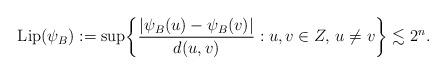
LaTeX: \begin{align*} \mathrm{Lip} (\psi_B):= \sup \biggl\{\frac { |\psi_B(u)-\psi_B(v)|}{d(u,v)}: u,v\in Z,\, u\ne v\biggr\}\lesssim2^n. \end{align*}